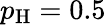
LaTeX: p_{\mathrm{H}}=0.5